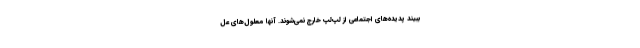
ببیند پدیده‌های اجتماعی از لپ‌لپ خارج نمی‌شوند. آنها معلول‌های عل